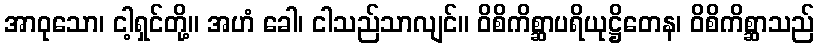
အာဝုသော၊ ငါ့ရှင်တို့။ အဟံ ခေါ၊ ငါသည်သာလျင်။ ဝိစိကိစ္ဆာပရိယုဋ္ဌိတေန၊ ဝိစိကိစ္ဆာသည်